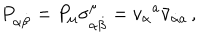
LaTeX: P _ { \alpha \dot { \beta } } = P _ { \mu } \sigma _ { \alpha \dot { \beta } } ^ { \mu } = v _ { \alpha } { } ^ { a } \bar { v } _ { \dot { \alpha } { } a } \, ,